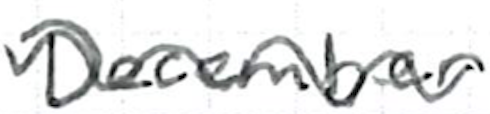
Text: December
Cross-out: wave
Writing tool: ballpoint